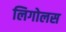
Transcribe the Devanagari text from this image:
लिगोलस